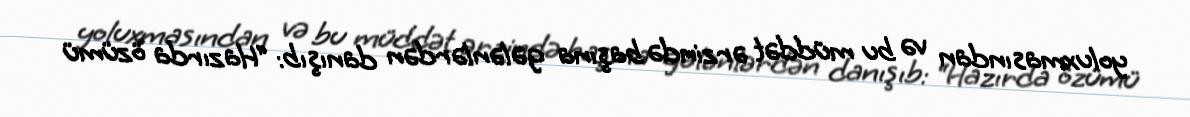
yoluxmasından və bu müddət ərzində başına gələnlərdən danışıb: “Hazırda özümü